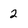
Character: 2